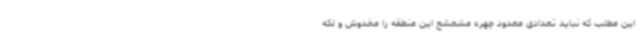
این مطلب که نباید تعدادی معدود چهره مشعشع این منطقه را مخدوش و لکه